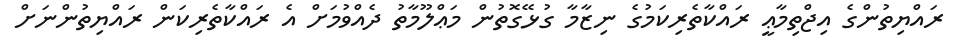
ރައްޔިތުންގެ އިޖްތިމާޢީ ރައްކާތެރިކަމުގެ ނިޒާމާ ގުޅޭގޮތުން މަޢްލޫމާތު ދެއްވުމަށް އެ ރައްކާތެރިކަން ރައްޔިތުންނަށް